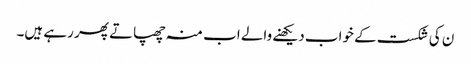
ن کی شکست کے خواب دیکھنے والے اب منہ چھپاتے پھر رہے ہیں۔